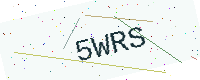
Text: 5WRS